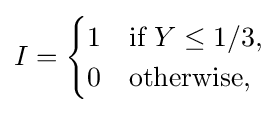
I={\begin{cases}1&{\text{if }}Y\leq 1/3,\\0&{\text{otherwise}},\end{cases}}